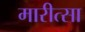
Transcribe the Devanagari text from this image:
मारीत्सा